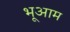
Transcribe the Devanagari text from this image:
भूआम